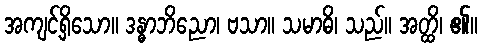
အကျင့်ရှိသော။ ဒန္ဓာဘိညော၊ ဗသာ။ သမာဓိ၊ သည်။ အတ္ထိ၊ ၏။